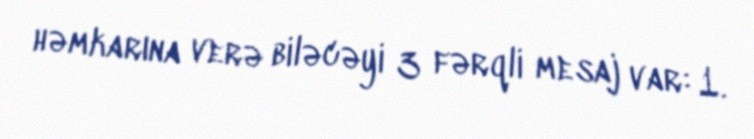
həmkarına verə biləcəyi 3 fərqli mesaj var: 1.